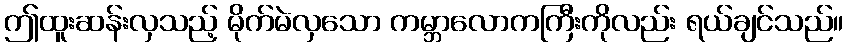
ဤထူးဆန်းလှသည့် မိုက်မဲလှသော ကမ္ဘာလောကကြီးကိုလည်း ရယ်ချင်သည်။